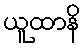
ယူထာနိ